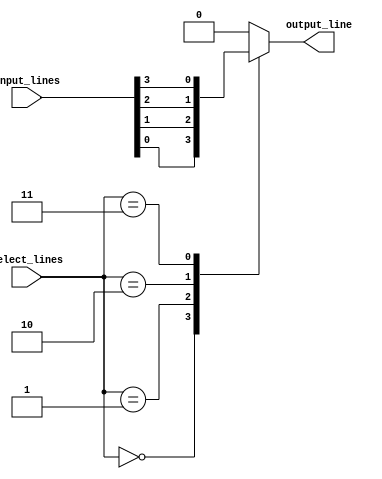
module multiplexer_32_1 (
    input [31:0] input_lines,
    input [4:0] select_lines,
    output reg output_line
    );
    
    always @(select_lines) begin
        case(select_lines)
            5'b00000: output_line <= input_lines[0];
            5'b00001: output_line <= input_lines[1];
            5'b00010: output_line <= input_lines[2];
            5'b00011: output_line <= input_lines[3];
            // Continue for all 32 input lines
            default: output_line <= 0; // Default case if no select lines match
        endcase
    end
endmodule